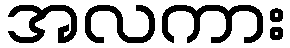
အလကား